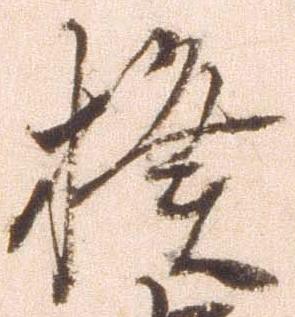
揆